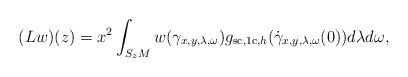
LaTeX: \begin{align*}(Lw)(z) = x^2\int_{S_zM} w(\gamma_{x,y,\lambda,\omega})g_{\mathrm{sc},\mathrm{1c},h}(\dot{\gamma}_{x,y,\lambda,\omega}(0))d\lambda d\omega,\end{align*}